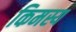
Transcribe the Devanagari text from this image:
किमस्य